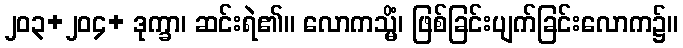
၂၀၃+၂၀၄+ ဒုက္ခာ၊ ဆင်းရဲ၏။ လောကသ္မိံ၊ ဖြစ်ခြင်းပျက်ခြင်းလောက၌။